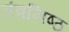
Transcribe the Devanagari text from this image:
तंत्रनिष्ठ